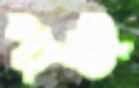
পাঞ্জ